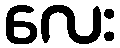
လေး